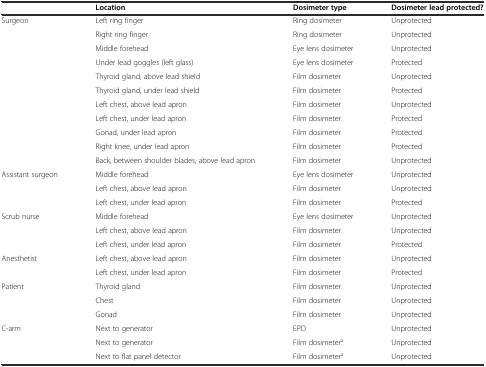
<table><thead><tr><td></td><td><b>Location</b></td><td><b>Dosimeter type</b></td><td><b>Dosimeter lead protected?</b></td></tr></thead><tbody><tr><td>Surgeon</td><td>Left ring finger</td><td>Ring dosimeter</td><td>Unprotected</td></tr><tr><td></td><td>Right ring finger</td><td>Ring dosimeter</td><td>Unprotected</td></tr><tr><td></td><td>Middle forehead</td><td>Eye lens dosimeter</td><td>Unprotected</td></tr><tr><td></td><td>Under lead goggles (left glass)</td><td>Eye lens dosimeter</td><td>Protected</td></tr><tr><td></td><td>Thyroid gland, above lead shield</td><td>Film dosimeter</td><td>Unprotected</td></tr><tr><td></td><td>Thyroid gland, under lead shield</td><td>Film dosimeter</td><td>Protected</td></tr><tr><td></td><td>Left chest, above lead apron</td><td>Film dosimeter</td><td>Unprotected</td></tr><tr><td></td><td>Left chest, under lead apron</td><td>Film dosimeter</td><td>Protected</td></tr><tr><td></td><td>Gonad, under lead apron</td><td>Film dosimeter</td><td>Protected</td></tr><tr><td></td><td>Right knee, under lead apron</td><td>Film dosimeter</td><td>Protected</td></tr><tr><td></td><td>Back, between shoulder blades, above lead apron</td><td>Film dosimeter</td><td>Unprotected</td></tr><tr><td>Assistant surgeon</td><td>Middle forehead</td><td>Eye lens dosimeter</td><td>Unprotected</td></tr><tr><td></td><td>Left chest, above lead apron</td><td>Film dosimeter</td><td>Unprotected</td></tr><tr><td></td><td>Left chest, under lead apron</td><td>Film dosimeter</td><td>Protected</td></tr><tr><td>Scrub nurse</td><td>Middle forehead</td><td>Eye lens dosimeter</td><td>Unprotected</td></tr><tr><td></td><td>Left chest, above lead apron</td><td>Film dosimeter</td><td>Unprotected</td></tr><tr><td></td><td>Left chest, under lead apron</td><td>Film dosimeter</td><td>Protected</td></tr><tr><td>Anesthetist</td><td>Left chest, above lead apron</td><td>Film dosimeter</td><td>Unprotected</td></tr><tr><td></td><td>Left chest, under lead apron</td><td>Film dosimeter</td><td>Protected</td></tr><tr><td>Patient</td><td>Thyroid gland</td><td>Film dosimeter</td><td>Unprotected</td></tr><tr><td></td><td>Chest</td><td>Film dosimeter</td><td>Unprotected</td></tr><tr><td></td><td>Gonad</td><td>Film dosimeter</td><td>Unprotected</td></tr><tr><td>C-arm</td><td>Next to generator</td><td>EPD</td><td>Unprotected</td></tr><tr><td></td><td>Next to generator</td><td>Film dosimeter<sup>a</sup></td><td>Unprotected</td></tr><tr><td></td><td>Next to flat panel detector</td><td>Film dosimeter<sup>a</sup></td><td>Unprotected</td></tr></tbody></table>